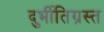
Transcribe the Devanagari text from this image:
दुर्भीतिग्रस्त